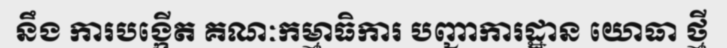
នឹង ការបង្កើត គណៈកម្មាធិការ បញ្ជាការដ្ឋាន យោធា ថ្មី